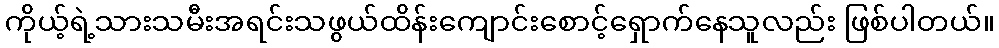
ကိုယ့်ရဲ့သားသမီးအရင်းသဖွယ်ထိန်းကျောင်းစောင့်ရှောက်နေသူလည်း ဖြစ်ပါတယ်။